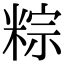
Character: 粽